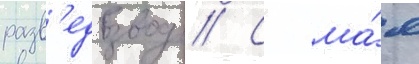
разв'едвзвод // С ма́я